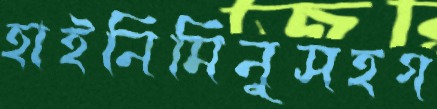
হাইনিমিনুসহগ